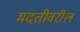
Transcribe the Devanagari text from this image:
मदतीवरील